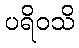
ပရိဝသိ